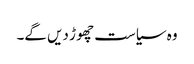
وہ سیاست چھو ڑ دیں گے۔